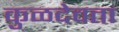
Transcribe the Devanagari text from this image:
कुळदेवता